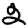
Digit: 2